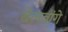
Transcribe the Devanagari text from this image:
बेलवांगे